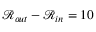
\mathcal { R } _ { o u t } - \mathcal { R } _ { i n } = 1 0